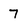
Character: 7